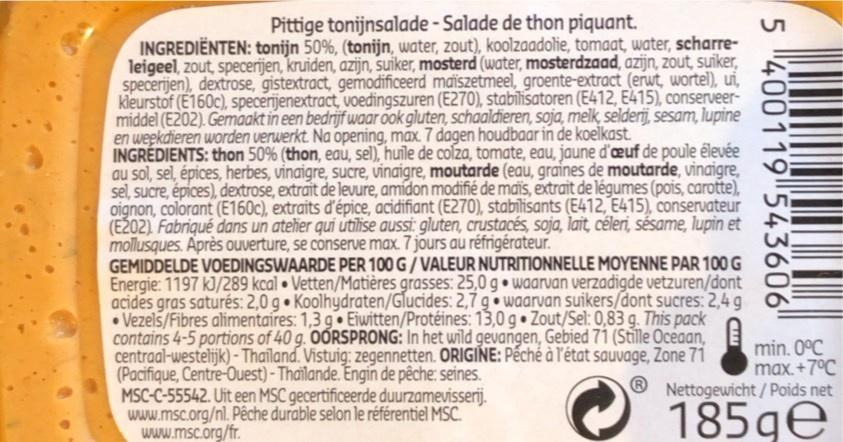
Pittige tonijnsalade - Salade de thon piquant.
INGREDIËNTEN: tonijn 50%, (tonijn, water, zout), koolzaadolie, tomaat, water, scharre- leigeel, zout, specerijen, kruiden, azijn, suiker, mosterd (water, mosterdzaad, azijn, zout, suiker, specerijen), dextrose, gistextract, gemodificeerd maiszetmeel, groente-extract_(erwt, wortel), ui, kleurstof (E160c), specerijenextract, voedingszuren (E270), stabilisatoren (E412, E415), conserveer- middel (E202). Gemaakt in een bedrijf waar ook gluten, schaaldieren, soja, melk, selderij, sesam, lupine en weekdieren worden verwerkt. Na opening, max. 7 dagen houdbaar in de koelkast. INGRÉDIENTS: thon 50% (thon, eau, sel), huile de colza, tomate, eau, jaune d'œuf de poule élevée au sol, sel, épices, herbes, vinaigre, sucre, vinaigre, moutarde (eau, graines de moutarde, vinaigre, sel, sucre, épices), dextrose, extrait de levure, amidon modifié de mdis, extrait de légumes (pois, carotte), oignon, colorant (E160c), extraits d'épice, acidifiant (E270), stabīlisants (E412, E415), conservateur (EŽO2) Fabriqué dans un atelier qui utilise aussi: gluten, crustacés soja, lait, céleri, sésame, lupin et mollusques. Après ouverture, se conserve max. 7 jõurs au réfrigérateur. GEMIDDELDE VOEDINGSWAARDE PER 100 G / VALEUR NUTRITIONNELLE MOYENNE PAR 100 G O Energie: 1197 kJ/289 kcal Vetten/Matières grasses: 25,0 g • waarvan verzadigde vetzuren/dont acides gras saturés: 2,0 g Koolhydraten/Glucides: 2,7 g waarvan suikers/dont sucres: 2,4 g • Vezels/Fibres alimentaires: 1,3 g• Eiwitten/Protéines: 13,0 g • Zout/Sel: 0,83 g. This pack contains 4-5 portions of 40 g. OORSPRONG: In het wild gevangen, Gebied 71 (Stílle Oceaan, E centraal-westelijk) - Thailand. Vistuig: zegennetten. ORIGINE: Pếchể à l'état sauvage, Zone 71 (Pacifique, Centre-Ouest)- Thailande. Engin de pêche: seines. MSC-C-55542. Uit een MSC gecertificeerde duurzamevisserij. www.msc.org/nl. Pêche durable selon le référentiel MSC. www.msc.org/fr.
min. 0°C max. +7°C Nettogewicht/Poids net
185ge
5 400119 543606